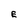
Character: E